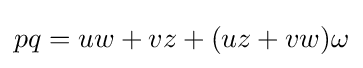
pq=uw+vz+(uz+vw)\omega